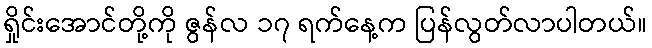
ရှိုင်းအောင်တို့ကို ဇွန်လ ၁၇ ရက်နေ့က ပြန်လွတ်လာပါတယ်။